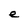
Character: e